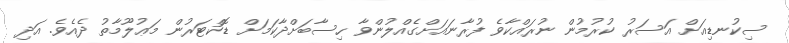
ސިކުނޑިއަށް އަސަރު ކުރުމުން ނުރައްކާވެ ފުރާނައަށްގެއްލުންވާ ހިސާބަށްދާކަމަށް ޑޮކްޓަރުން މަޢުލޫމާތު ދެއެވެ. އަދި